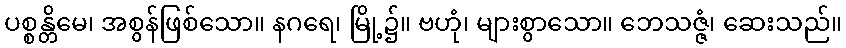
ပစ္စန္တိမေ၊ အစွန်ဖြစ်သော။ နဂရေ၊ မြို့၌။ ဗဟုံ၊ များစွာသော။ ဘေသဇ္ဇံ၊ ဆေးသည်။